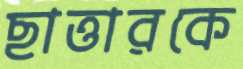
ছাত্তারকে